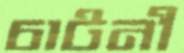
চাটনী